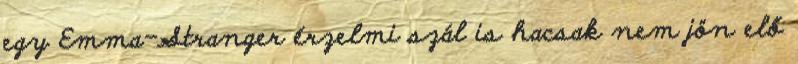
egy Emma-Stranger érzelmi szál is hacsak nem jön elő